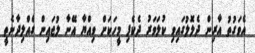
އެވަގުތު އާރިން ދެލޮލުގައިވި ކުލަވަރު ދެކެފި މީހަކަށް ވިއްޔާ އޭނާ ލުޖައިން ގެއްލިދާނެތީ